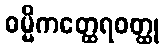
ဓမ္မိကတ္ထေရဝတ္ထု